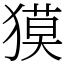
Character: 獏